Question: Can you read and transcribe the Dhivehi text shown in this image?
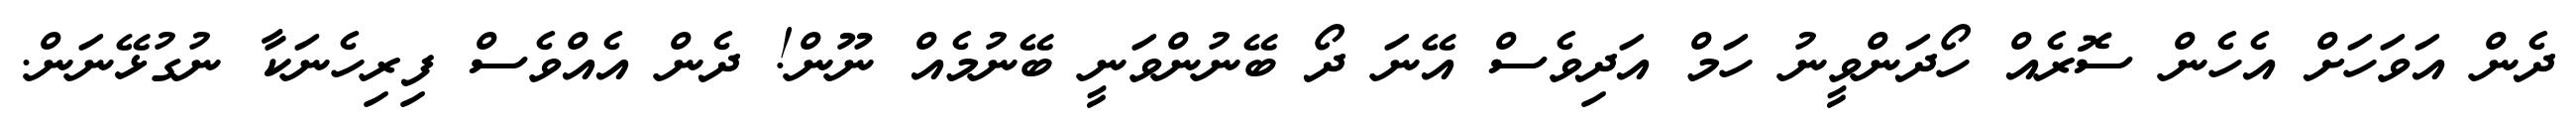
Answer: ދެން އަވަހަށް އެހެން ސޮރެއް ހޯދަންވީނު ހަމް އަދިވެސް އޭނަ ދޯ ބޭނުންވަނީ ބޭނުމެއް ނޫން! ދެން އެއްވެސް ފިރިހެނަކާ ނުގުޅޭނަން.